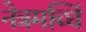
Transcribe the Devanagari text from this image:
नेत्रमब्धिं